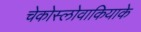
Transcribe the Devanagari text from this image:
चेकोस्लोवाकियाके